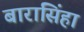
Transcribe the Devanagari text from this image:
बारासिंहा